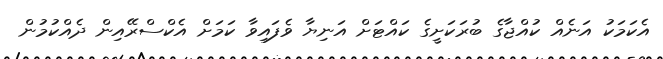
އެކަމަކު އަނެއް ކުއްޖާގެ ބުރަކަށީގެ ކައްޓަށް އަނިޔާ ވެފައިވާ ކަމަށް އެކްސްރޭއިން ދެއްކުމުން